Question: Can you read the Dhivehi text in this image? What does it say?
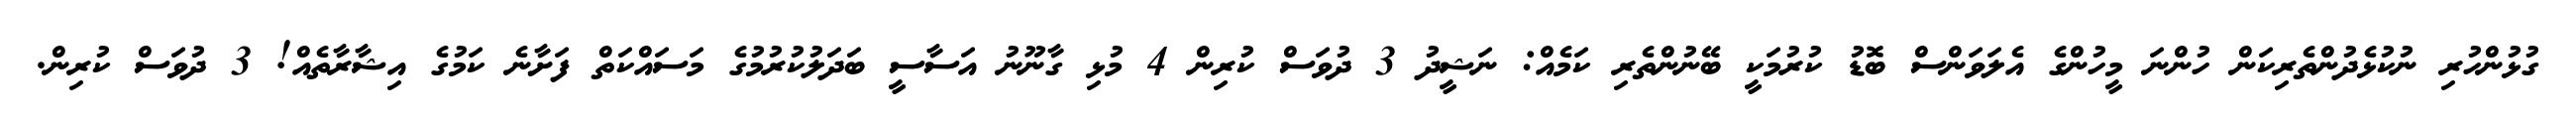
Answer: ގުޅުންހުރި ނުކުޅެދުންތެރިކަން ހުންނަ މީހުންގެ އެލަވަންސް ބޮޑު ކުރުމަކީ ބޭނުންތެރި ކަމެއް: ނަޝީދު 3 ދުވަސް ކުރިން 4 މުޅި ގާނޫނު އަސާސީ ބަދަލުކުރުމުގެ މަސައްކަތް ފަށާނެ ކަމުގެ އިޝާރާތެއް! 3 ދުވަސް ކުރިން.